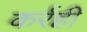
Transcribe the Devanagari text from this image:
कर्रही